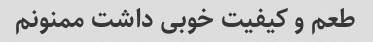
طعم و کیفیت خوبی داشت ممنونم